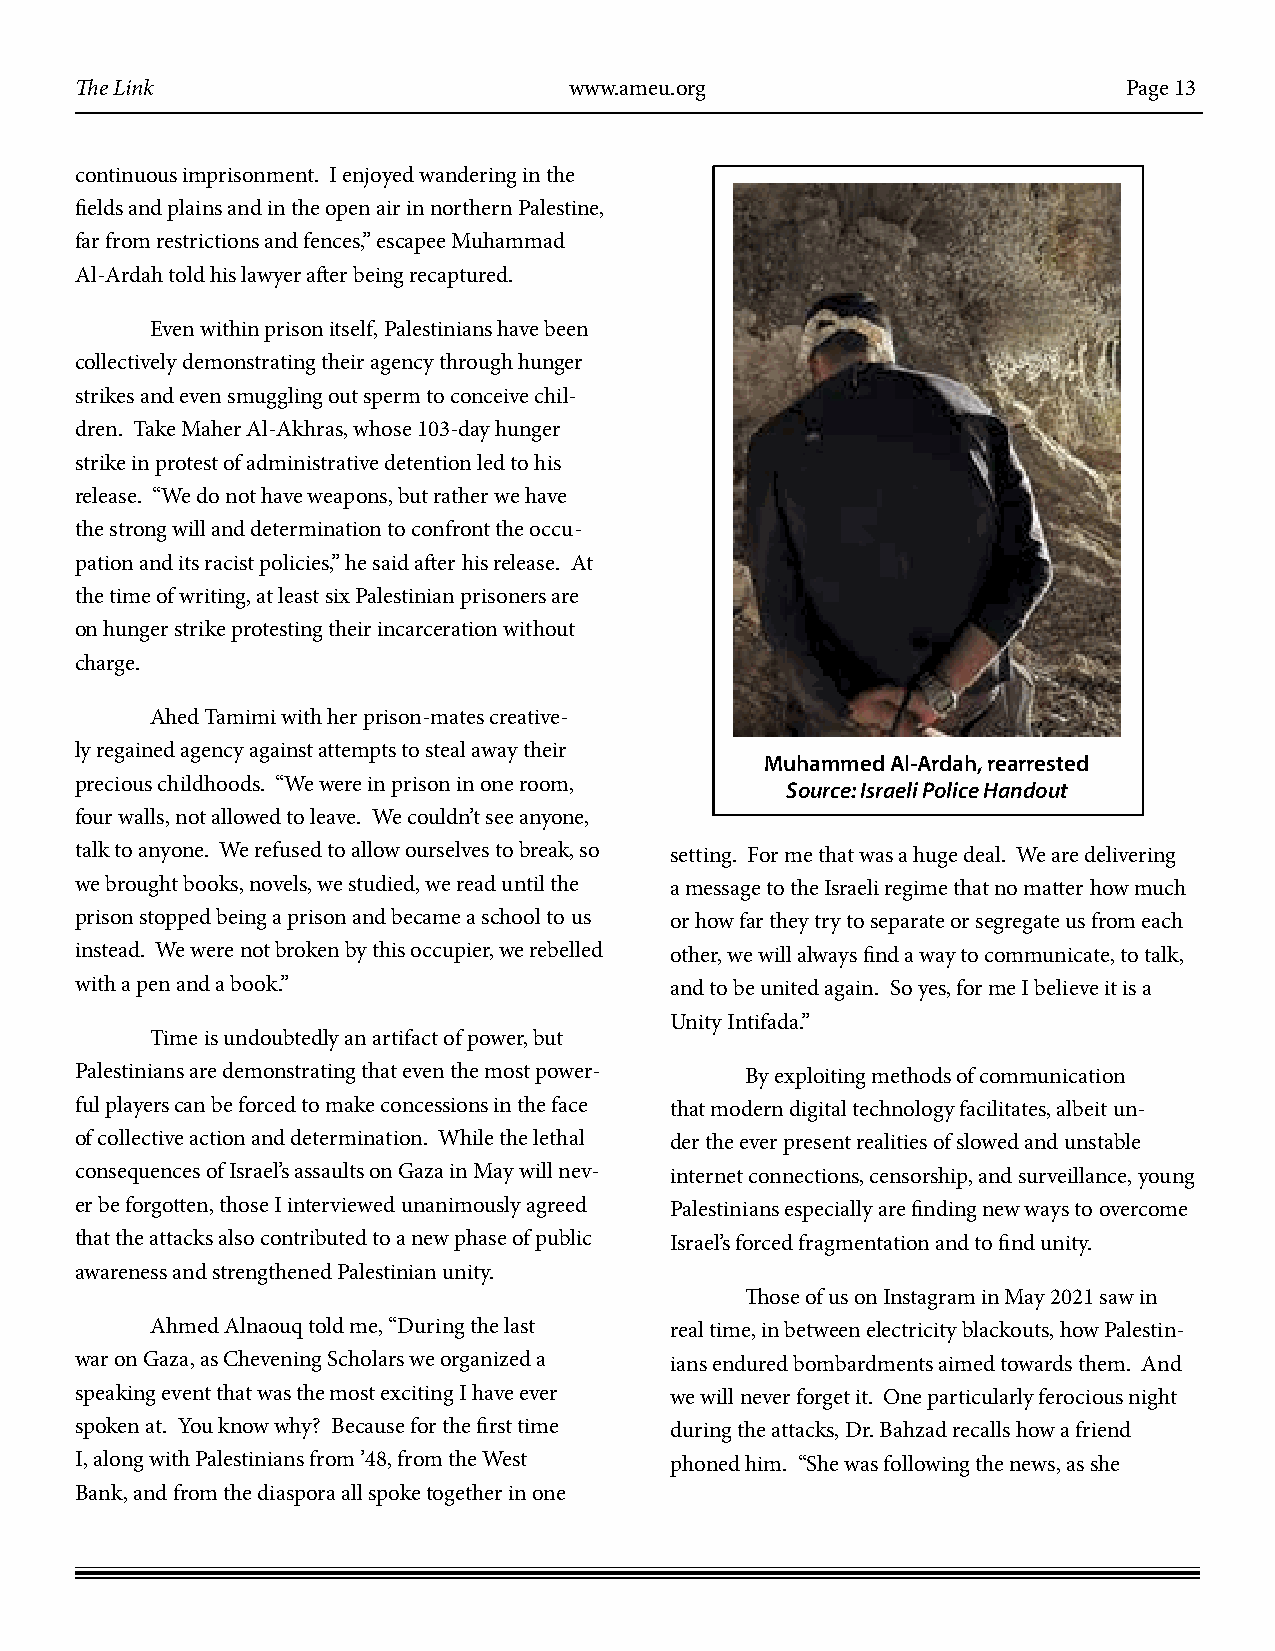
The Link                         www.ameu.org                         Page 13
 continuous imprisonment. I enjoyed wandering in the
 fields and plains and in the open air in northern Palestine,
 far from restrictions and fences,” escapee Muhammad
 Al-Ardah told his lawyer after being recaptured.
 Even within prison itself, Palestinians have been
 collectively demonstrating their agency through hunger
 strikes and even smuggling out sperm to conceive chil-
 dren. Take Maher Al-Akhras, whose 103-day hunger
 strike in protest of administrative detention led to his
 release. “We do not have weapons, but rather we have
 the strong will and determination to confront the occu-
 pation and its racist policies,” he said after his release. At
 the time of writing, at least six Palestinian prisoners are
 on hunger strike protesting their incarceration without
 charge.
 Ahed Tamimi with her prison-mates creative-
 ly regained agency against attempts to steal away their
 Muhammed Al-Ardah, rearrested
 precious childhoods. “We were in prison in one room, Source: Israeli Police Handout
 four walls, not allowed to leave. We couldn’t see anyone,
 talk to anyone. We refused to allow ourselves to break, so setting. For me that was a huge deal. We are delivering
 we brought books, novels, we studied, we read until the a message to the Israeli regime that no matter how much
 prison stopped being a prison and became a school to us or how far they try to separate or segregate us from each
 instead. We were not broken by this occupier, we rebelled other, we will always find a way to communicate, to talk,
 with a pen and a book.”                and to be united again. So yes, for me I believe it is a
 Unity Intifada.”
 Time is undoubtedly an artifact of power, but
 Palestinians are demonstrating that even the most power- By exploiting methods of communication
 ful players can be forced to make concessions in the face that modern digital technology facilitates, albeit un-
 of collective action and determination. While the lethal der the ever present realities of slowed and unstable
 consequences of Israel’s assaults on Gaza in May will nev- internet connections, censorship, and surveillance, young
 er be forgotten, those I interviewed unanimously agreed Palestinians especially are finding new ways to overcome
 that the attacks also contributed to a new phase of public Israel’s forced fragmentation and to find unity.
 awareness and strengthened Palestinian unity.
 Those of us on Instagram in May 2021 saw in
 Ahmed Alnaouq told me, “During the last real time, in between electricity blackouts, how Palestin-
 war on Gaza, as Chevening Scholars we organized a ians endured bombardments aimed towards them. And
 speaking event that was the most exciting I have ever we will never forget it. One particularly ferocious night
 spoken at. You know why? Because for the first time during the attacks, Dr. Bahzad recalls how a friend
 I, along with Palestinians from ’48, from the West phoned him. “She was following the news, as she
 Bank, and from the diaspora all spoke together in one